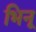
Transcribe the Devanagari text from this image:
भिनू